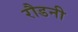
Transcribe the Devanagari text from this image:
रौडनी